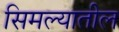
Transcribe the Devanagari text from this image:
सिमल्यातील